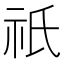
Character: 祇